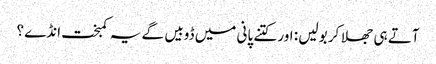
آتے ہی جھلا کر بولیں : اور کتنے پانی میں ڈوبیں گے یہ کمبخت انڈے ؟